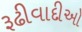
રૂઢીવાદીઓ